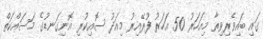
ގައި ބައިވެރިވިތާ މިއަހަރު 50 އަހަރު ފުރޭއިރު މިއަދު ސޮއިކުރި އޮނިގަނޑުގެ މަސައްކަތް